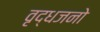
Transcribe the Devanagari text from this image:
वृद्धजनो